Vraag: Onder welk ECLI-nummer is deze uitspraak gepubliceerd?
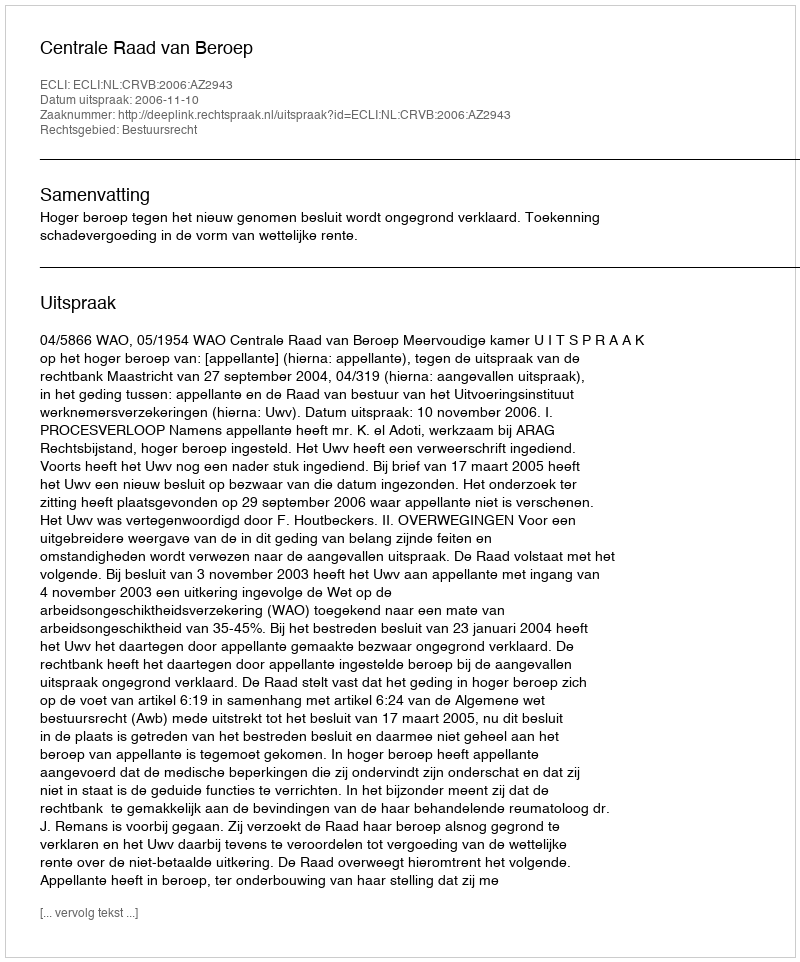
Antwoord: ECLI:NL:CRVB:2006:AZ2943